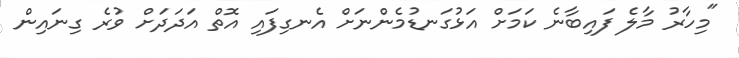
"މިހާރު މާލެ ފައިބާނެ ކަމަށް އަޅުގަނޑުމެންނަށް އެނގިފައި އޮތް އަދަދަށް ވުރެ ގިނައިން